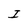
Character: I